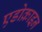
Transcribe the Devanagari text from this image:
एडोक्राइन